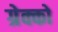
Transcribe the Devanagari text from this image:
ग्रेक्को